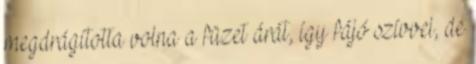
megdrágította volna a füzet árát, így fájó szívvel, de